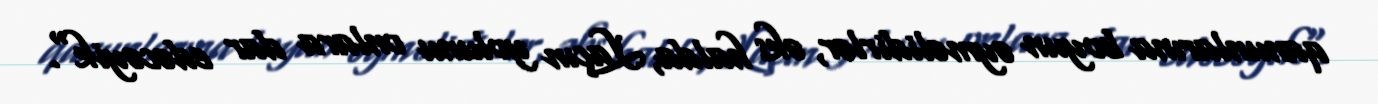
qanunlarına boyun əyməlidirlər, əks halda, Laçın yolunu onlara dar edəcəyik".